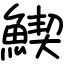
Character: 䱮